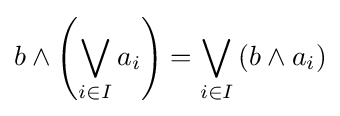
b\wedge \left(\bigvee _{i\in I}a_{i}\right)=\bigvee _{i\in I}\left(b\wedge a_{i}\right)